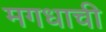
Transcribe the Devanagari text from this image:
मगधाची